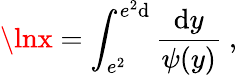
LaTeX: \lnx=\int_{e^{2}}^{e^{2}\mathrm{d}}\frac{{\mathrm{{\mathrm{d}}}y}}{{\psi(y)}}~,